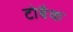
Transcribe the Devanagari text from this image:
टोबैक